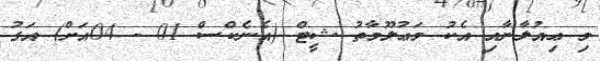
މި ޢިއުލާނާއި އެކު މަޢުލޫމާތު ޝީޓް (އެނެކްސް 01 - 04އަށް) އަގު